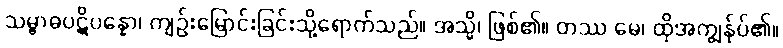
သမ္ဗာဓပဋိပန္နော၊ ကျဉ်းမြောင်းခြင်းသို့ရောက်သည်။ အသ္မိ၊ ဖြစ်၏။ တဿ မေ၊ ထိုအကျွန်ုပ်၏။